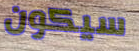
سيكون